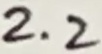
Text: 2.2